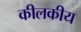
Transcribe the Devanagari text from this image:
कीलकीय